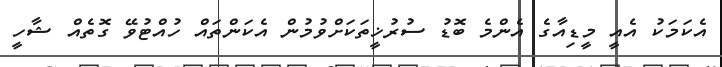
އެކަމަކު އެއީ މީޑިއާގެ އެންމެ ބޮޑު ސުރުޚީތަކަށްވުމުން އެކަންތައް ހުއްޓުވޭ ގޮތެއް ޝާހީ